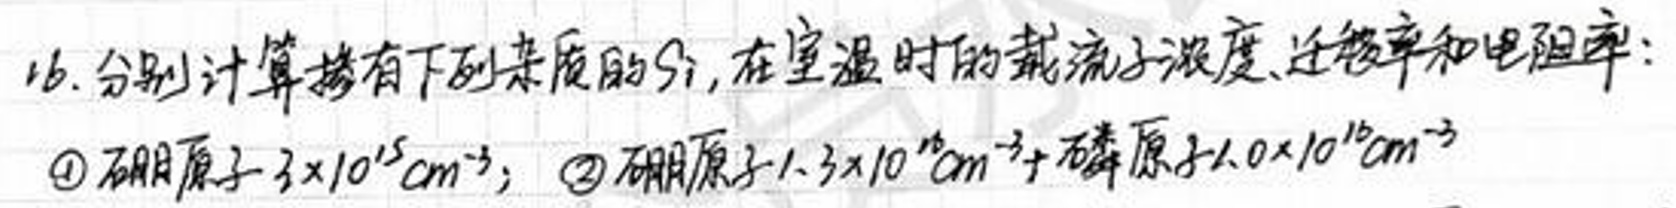
16. 分别计算掺有下列杂质的Si，在室温时的载流子浓度、迁移率和电阻率：
$\textcircled{1}$硼原子\(3\times10^{15}cm^{-3}\)；$\textcircled{2}$硼原子\(1.3\times10^{16}cm^{-3}\) + 磷原子\(1.0\times10^{16}cm^{-3}\)